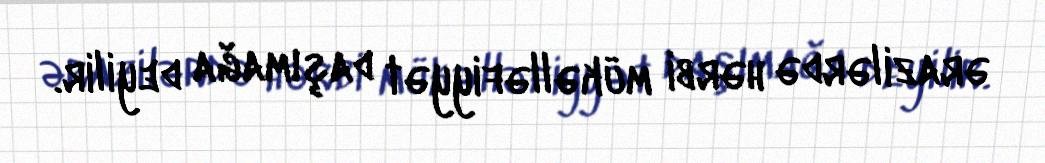
ərazilərdə hərbi mükəlləfiyyət daşımağa deyilir.